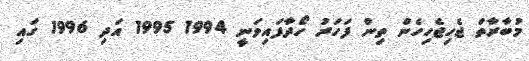
މުބާރާތް ޖެހިޖެހިހެން ތިން ފަހަރު ހޯދާފައިވަނީ 1994 1995 އަދި 1996 ގައި